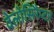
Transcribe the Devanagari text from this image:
वेलोसिरैप्टर